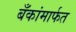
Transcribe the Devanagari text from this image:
बँकांमार्फत